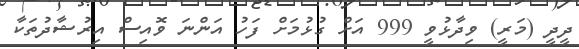
ދީދީ (މަރީ) ވިދާޅުވީ 999 އަށް ގުޅުމަށް ފަހު އަންނަ ވޮއިސް އިރުޝާދުތަކާ